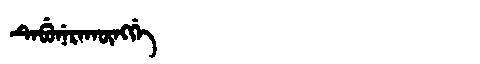
Manchu: ᡨᡝᠪᡠᠨᡝᡵᠠᡴᡡᠩᡤᡝ
Romanization: TEBUNERAKŪNGGE